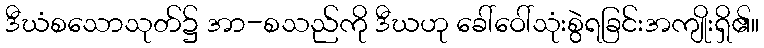
ဒီဃံစသောသုတ်၌ အာ-စသည်ကို ဒီဃဟု ခေါ်ဝေါ်သုံးစွဲရခြင်းအကျိုးရှိ၏။